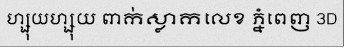
ហ្សុយហ្សុយ ពាក់ស្លាកលេខ ភ្នំពេញ 3D